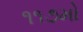
૧૧૭મો